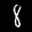
Label: 8